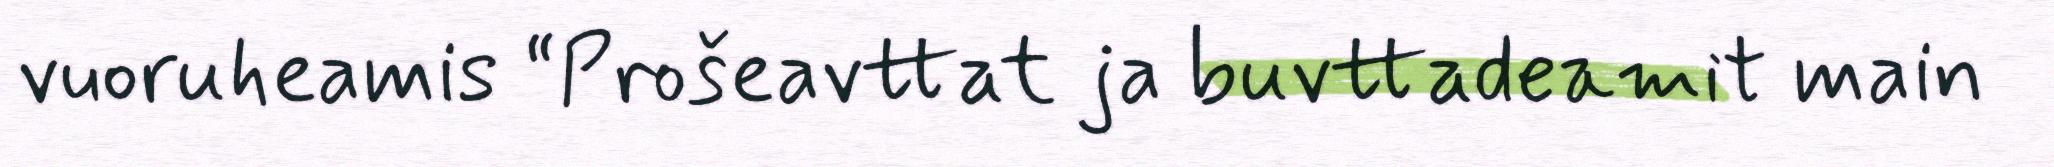
vuoruheamis “Prošeavttat ja buvttadeamit main